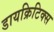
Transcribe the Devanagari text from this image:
डायक्रिटिक्स